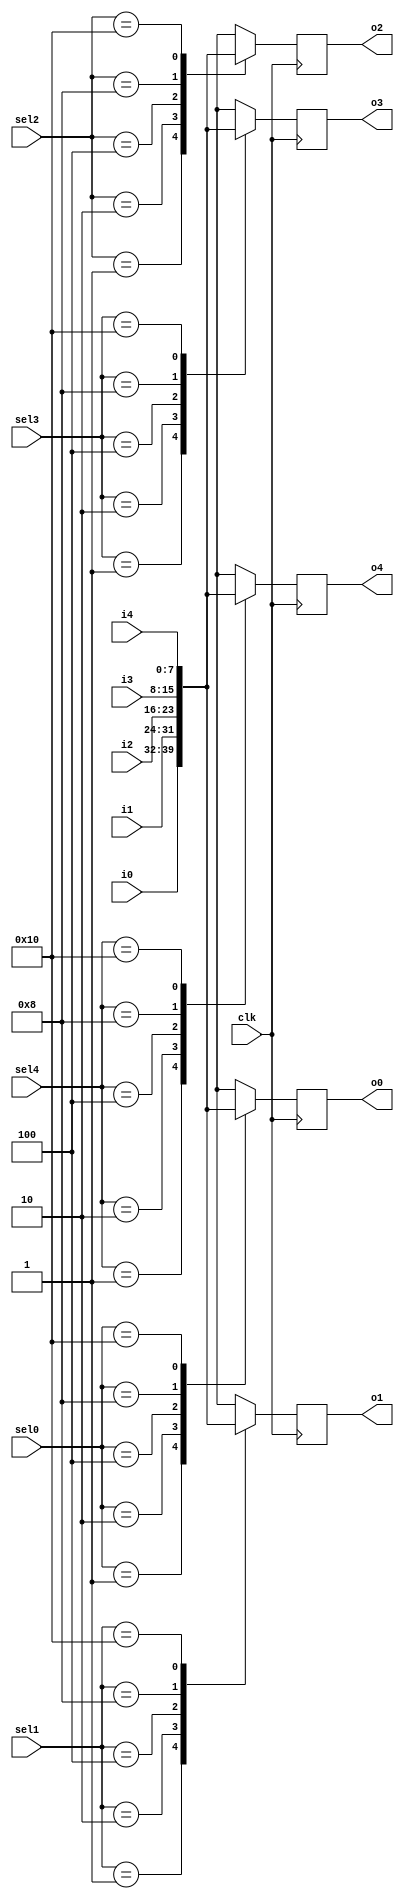
`timescale 1ns / 1ps
//////////////////////////////////////////////////////////////////////////////////
// Company: 
// Engineer: 
// 
// Design Name: 
// Module Name:    crossbar 
// Project Name: 
// Target Devices: 
// Tool versions: 
// Description: 
//
// Dependencies: 
//
// Revision: 
// Revision 0.01 - File Created
// Additional Comments: 
//
//////////////////////////////////////////////////////////////////////////////////
module crossbarR30(i0,i1,i2,i3,i4,
      sel0, sel1,sel2,sel3,sel4,
		o0,o1,o2,o3,o4, clk
    );
input clk;
input[7:0] i0,i1,i2,i3,i4;
output reg[7:0] o0,o1,o2,o3,o4;
input[4:0] sel0, sel1, sel2, sel3, sel4;
always @(posedge clk)
begin
case(sel0)
5'b00001: o0<=i0;
5'b00010: o0<=i1;
5'b00100: o0<=i2;
5'b01000: o0<=i3;
5'b10000: o0<=i4;
default: o0<=8'bxxxxxxxx;
endcase
case(sel1)
5'b00001: o1<=i0;
5'b00010: o1<=i1;
5'b00100: o1<=i2;
5'b01000: o1<=i3;
5'b10000: o1<=i4;
default: o1<=8'bxxxxxxxx;
endcase
case(sel2)
5'b00001: o2<=i0;
5'b00010: o2<=i1;
5'b00100: o2<=i2;
5'b01000: o2<=i3;
5'b10000: o2<=i4;
default: o2<=8'bxxxxxxxx;
endcase
case(sel3)
5'b00001: o3<=i0;
5'b00010: o3<=i1;
5'b00100: o3<=i2;
5'b01000: o3<=i3;
5'b10000: o3<=i4;
default: o3<=8'bxxxxxxxx;
endcase
case(sel4)
5'b00001: o4<=i0;
5'b00010: o4<=i1;
5'b00100: o4<=i2;
5'b01000: o4<=i3;
5'b10000: o4<=i4;
default: o4<=8'bxxxxxxxx;
endcase
end
//sel1,sel2,sel3,sel4;
//assign o0= (i0&sel0);
//assign o0=((i0&~i1&~i2&~i3&~i4&sel0)|(~i0&i1&~i2&~i3&~i4&sel0)|(~i0&~i1&i2&~i3&~i4&sel0)|(~i0&~i1&~i2&i3&~i4&sel0)|(~i0&~i1&~i2&~i3&i4&sel0));
//assign o1=((i0&~i1&~i2&~i3&~i4&sel1)|(~i0&i1&~i2&~i3&~i4&sel1)|(~i0&~i1&i2&~i3&~i4&sel1)|(~i0&~i1&~i2&i3&~i4&sel1)|(~i0&~i1&~i2&~i3&i4&sel1));
//assign o2=((i0&~i1&~i2&~i3&~i4&sel2)|(~i0&i1&~i2&~i3&~i4&sel2)|(~i0&~i1&i2&~i3&~i4&sel2)|(~i0&~i1&~i2&i3&~i4&sel2)|(~i0&~i1&~i2&~i3&i4&sel2));
//assign o3=((i0&~i1&~i2&~i3&~i4&sel3)|(~i0&i1&~i2&~i3&~i4&sel3)|(~i0&~i1&i2&~i3&~i4&sel3)|(~i0&~i1&~i2&i3&~i4&sel3)|(~i0&~i1&~i2&~i3&i4&sel3));
//assign o4=((i0&~i1&~i2&~i3&~i4&sel4)|(~i0&i1&~i2&~i3&~i4&sel4)|(~i0&~i1&i2&~i3&~i4&sel4)|(~i0&~i1&~i2&i3&~i4&sel4)|(~i0&~i1&~i2&~i3&i4&sel4));
endmodule